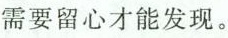
需要留心才能发现。